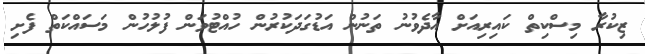
ޒިކުރާ މިސްކިތް ކައިރިއަށް އާދެވުނު ތަނުން އަޑުގަދަކުރުން ހުއްޓުވަން ފުލުހުން މަސައްކަތް ފެށި